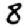
Digit: 8